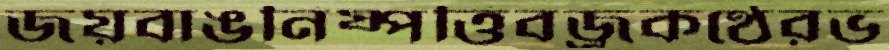
জয়বাঙনিষ্পত্তিবজ্রকণ্ঠেরভ